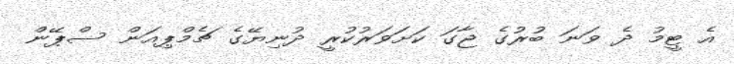
އެ ޓީމު ދެ ވަނަ ބުރުގެ ޖާގަ ކަށަވަރުކުރީ ދުނިޔޭގެ ޗެމްޕިއަން ސްޕޭން